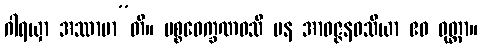
ဂါရယှာ အဿာမာ”တိ။ ပစ္စဝေက္ခဏဝသီ ပန အာဝဇ္ဇနဝသိယာ ဧဝ ဝုတ္တာ။